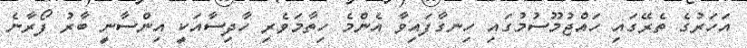
އަހަރުގެ ތެރޭގައި ހައްޖުމޫސުމުގައި ހިނގާފައިވާ އެންމެ ހިތާމަވެރި ހާދިސާއަކީ އިންސާނީ ބާރު ފޯރާނެ